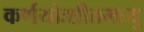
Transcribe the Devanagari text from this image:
कर्णयोःशीतमायु